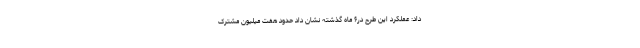
داد: عملکرد این طرح در۶ ماه گذشته نشان داد حدود هفت میلیون مشترک